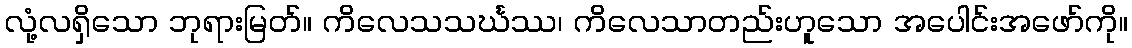
လုံ့လရှိသော ဘုရားမြတ်။ ကိလေသသင်္ဃဿ၊ ကိလေသာတည်းဟူသော အပေါင်းအဖော်ကို။